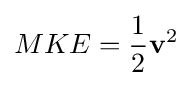
MKE={1 \over 2}\mathbf {v} ^{2}